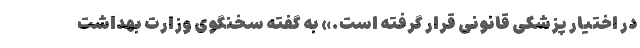
در اختیار پزشکی قانونی قرار گرفته است.» به گفته سخنگوی وزارت بهداشت